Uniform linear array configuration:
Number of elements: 16
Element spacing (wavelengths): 0.75
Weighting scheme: exponential
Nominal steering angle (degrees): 30
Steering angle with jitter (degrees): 29.596
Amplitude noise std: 0.05
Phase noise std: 0.05

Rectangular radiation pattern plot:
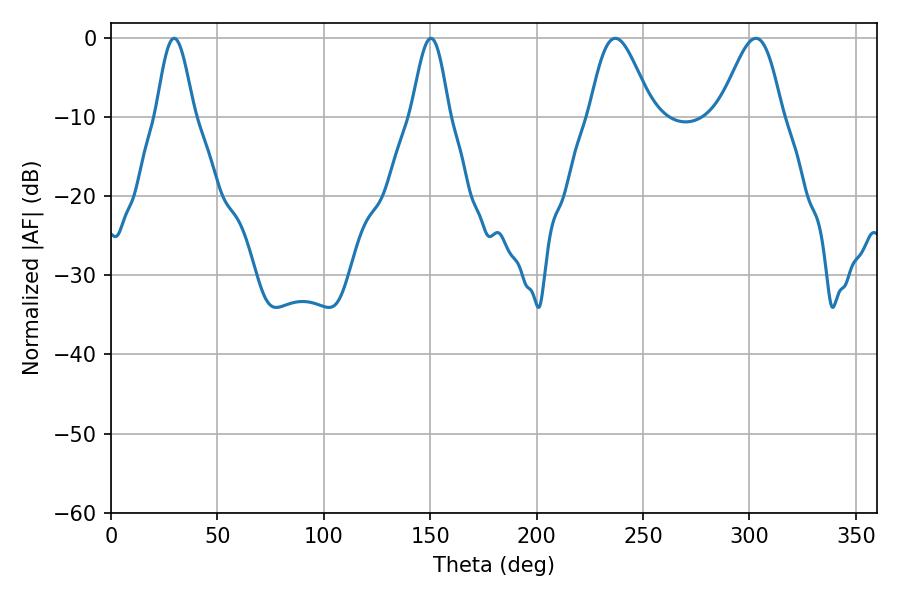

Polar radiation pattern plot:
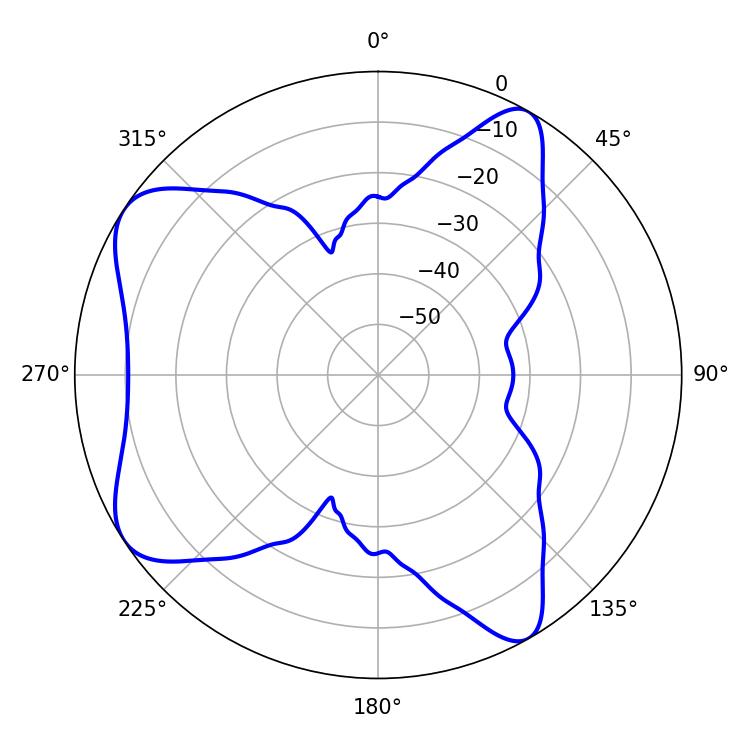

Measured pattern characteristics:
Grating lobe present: TRUE
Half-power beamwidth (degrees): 9.54
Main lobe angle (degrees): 29.7